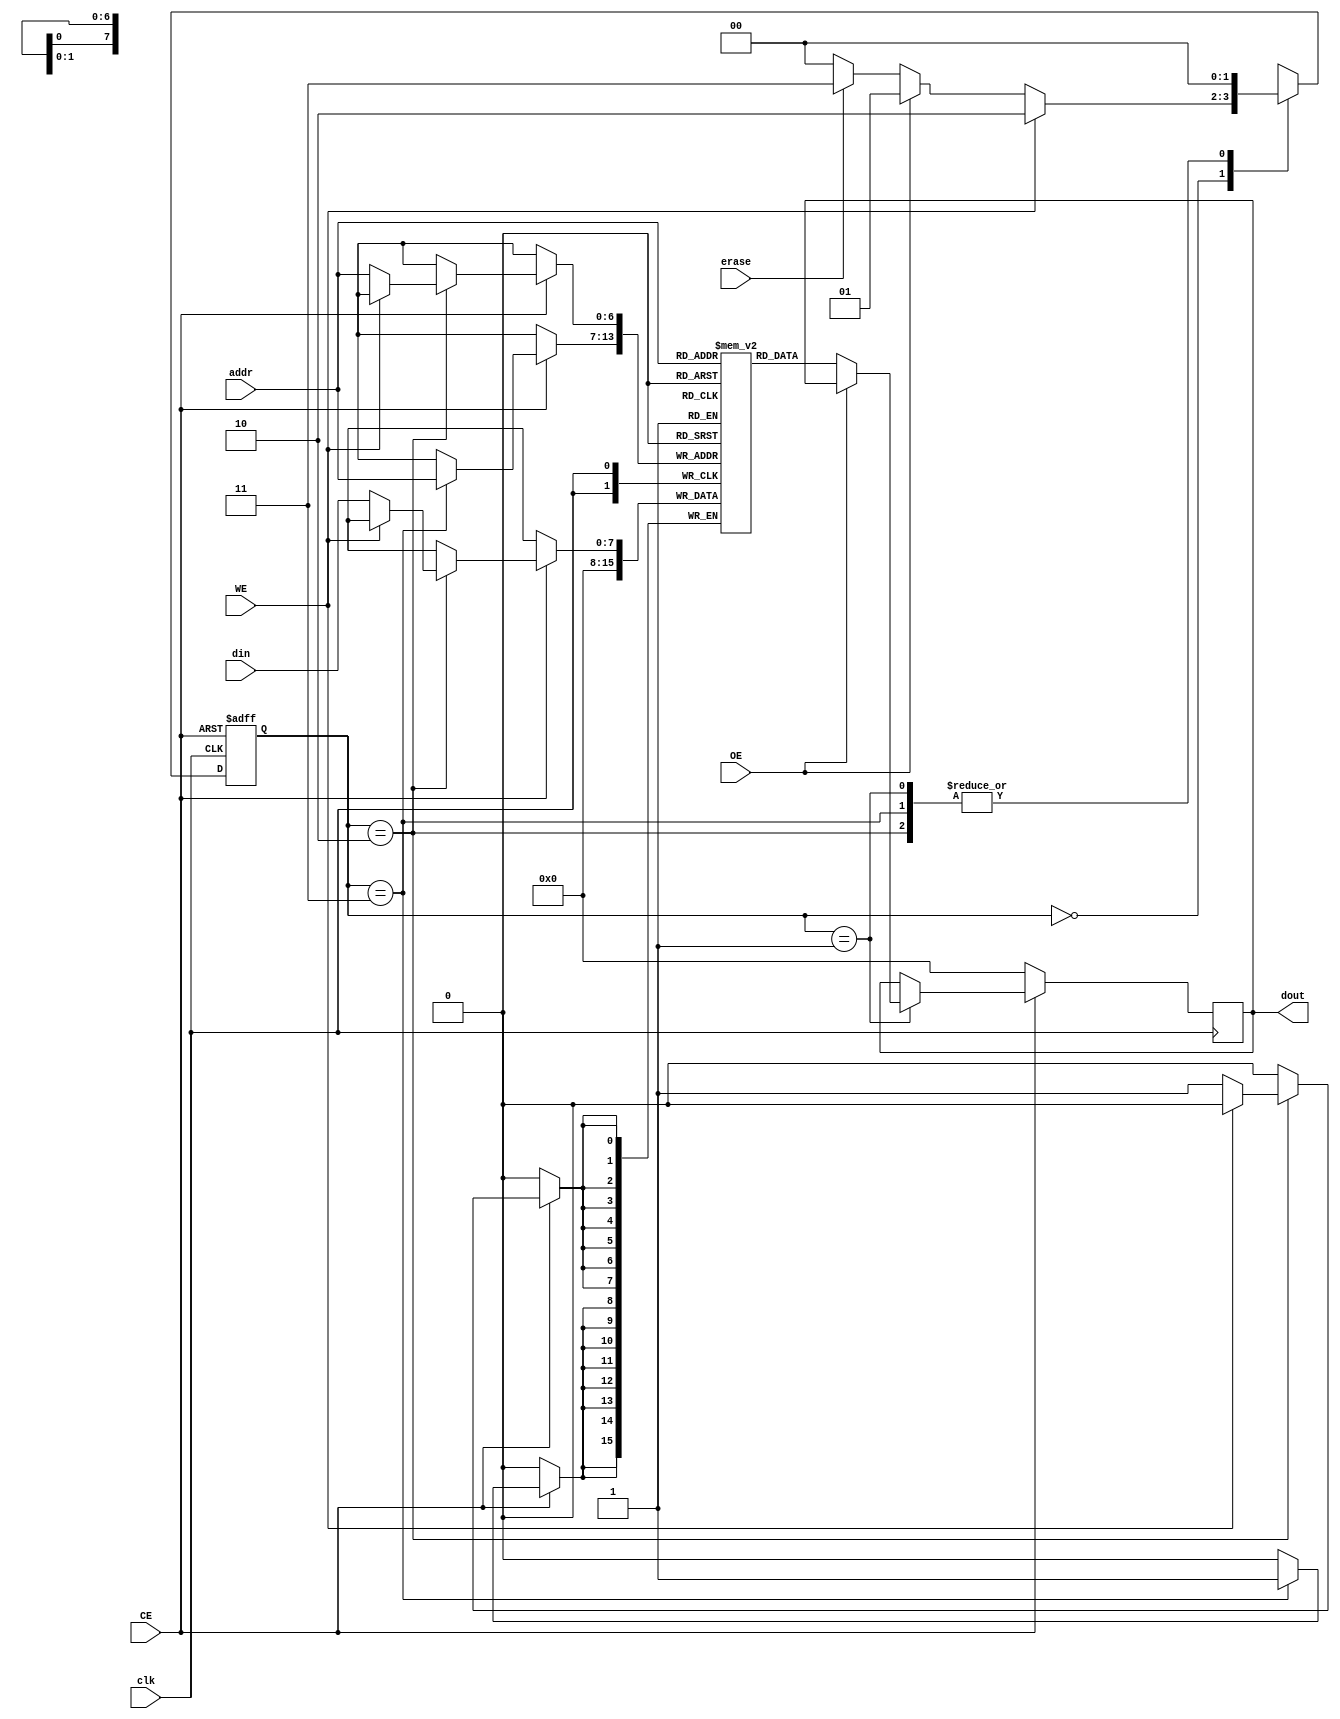
module parallel_eeprom #(
    parameter DATA_WIDTH = 8,        // Number of data bits (e.g., 8 for D0-D7)
    parameter ADDR_WIDTH = 7,        // Address lines (e.g., for 128 Kbit, 7 bits would allow 128 addresses)
    parameter MEMORY_SIZE = 1 << ADDR_WIDTH // Total memory size
)(
    input wire clk,                  // Clock signal
    input wire CE,                   // Chip Enable
    input wire WE,                   // Write Enable
    input wire OE,                   // Output Enable
    input wire erase,                // Erase signal
    input wire [ADDR_WIDTH-1:0] addr, // Address input
    input wire [DATA_WIDTH-1:0] din, // Data input
    output reg [DATA_WIDTH-1:0] dout // Data output
);

    // Memory array
    reg [DATA_WIDTH-1:0] memory [0:MEMORY_SIZE-1];

    // State machine states
    localparam IDLE = 2'b00;
    localparam READ = 2'b01;
    localparam WRITE = 2'b10;
    localparam ERASE = 2'b11;

    reg [1:0] state, next_state;

    // State machine logic
    always @(posedge clk or negedge CE) begin
        if (!CE)
            state <= IDLE;
        else
            state <= next_state;
    end

    // Next state logic
    always @(*) begin
        case (state)
            IDLE: begin
                if (WE) next_state = WRITE;
                else if (OE) next_state = READ;
                else if (erase) next_state = ERASE;
                else next_state = IDLE;
            end
            WRITE: next_state = IDLE;
            READ: next_state = IDLE;
            ERASE: next_state = IDLE;
            default: next_state = IDLE;
        endcase
    end

    // Memory operations
    always @(posedge clk) begin
        if (!CE) begin
            dout <= 0; // Reset output on chip disable
        end else begin
            case (state)
                WRITE: begin
                    if (!WE) begin
                        memory[addr] <= din; // Write data to memory
                    end
                end
                READ: begin
                    if (!OE) begin
                        dout <= memory[addr]; // Read data from memory
                    end
                end
                ERASE: begin
                    memory[addr] <= {DATA_WIDTH{1'b0}}; // Erase data to 0
                end
                default: dout <= dout; // Hold last state
            endcase
        end
    end

endmodule